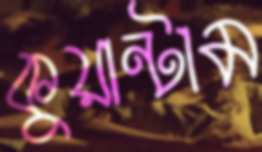
কুয়ান্টাম